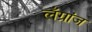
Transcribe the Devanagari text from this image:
लँग्रांज